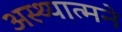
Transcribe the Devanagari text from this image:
अस्थ्यात्मने